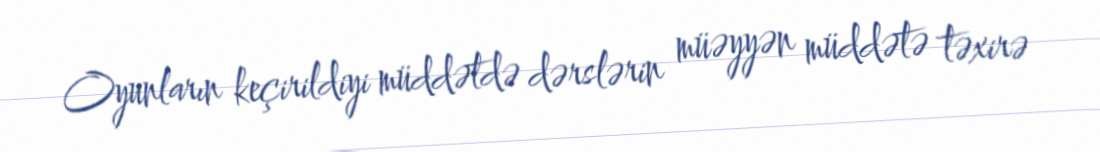
Oyunların keçirildiyi müddətdə dərslərin müəyyən müddətə təxirə